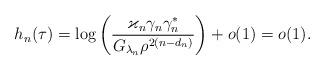
LaTeX: \begin{align*}h_n(\tau) = \log\left(\frac{\varkappa_n\gamma_n\gamma_n^*}{G_{\lambda_n}\rho^{2(n-d_n)}}\right) +o(1) = o(1).\end{align*}